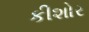
કીશોર